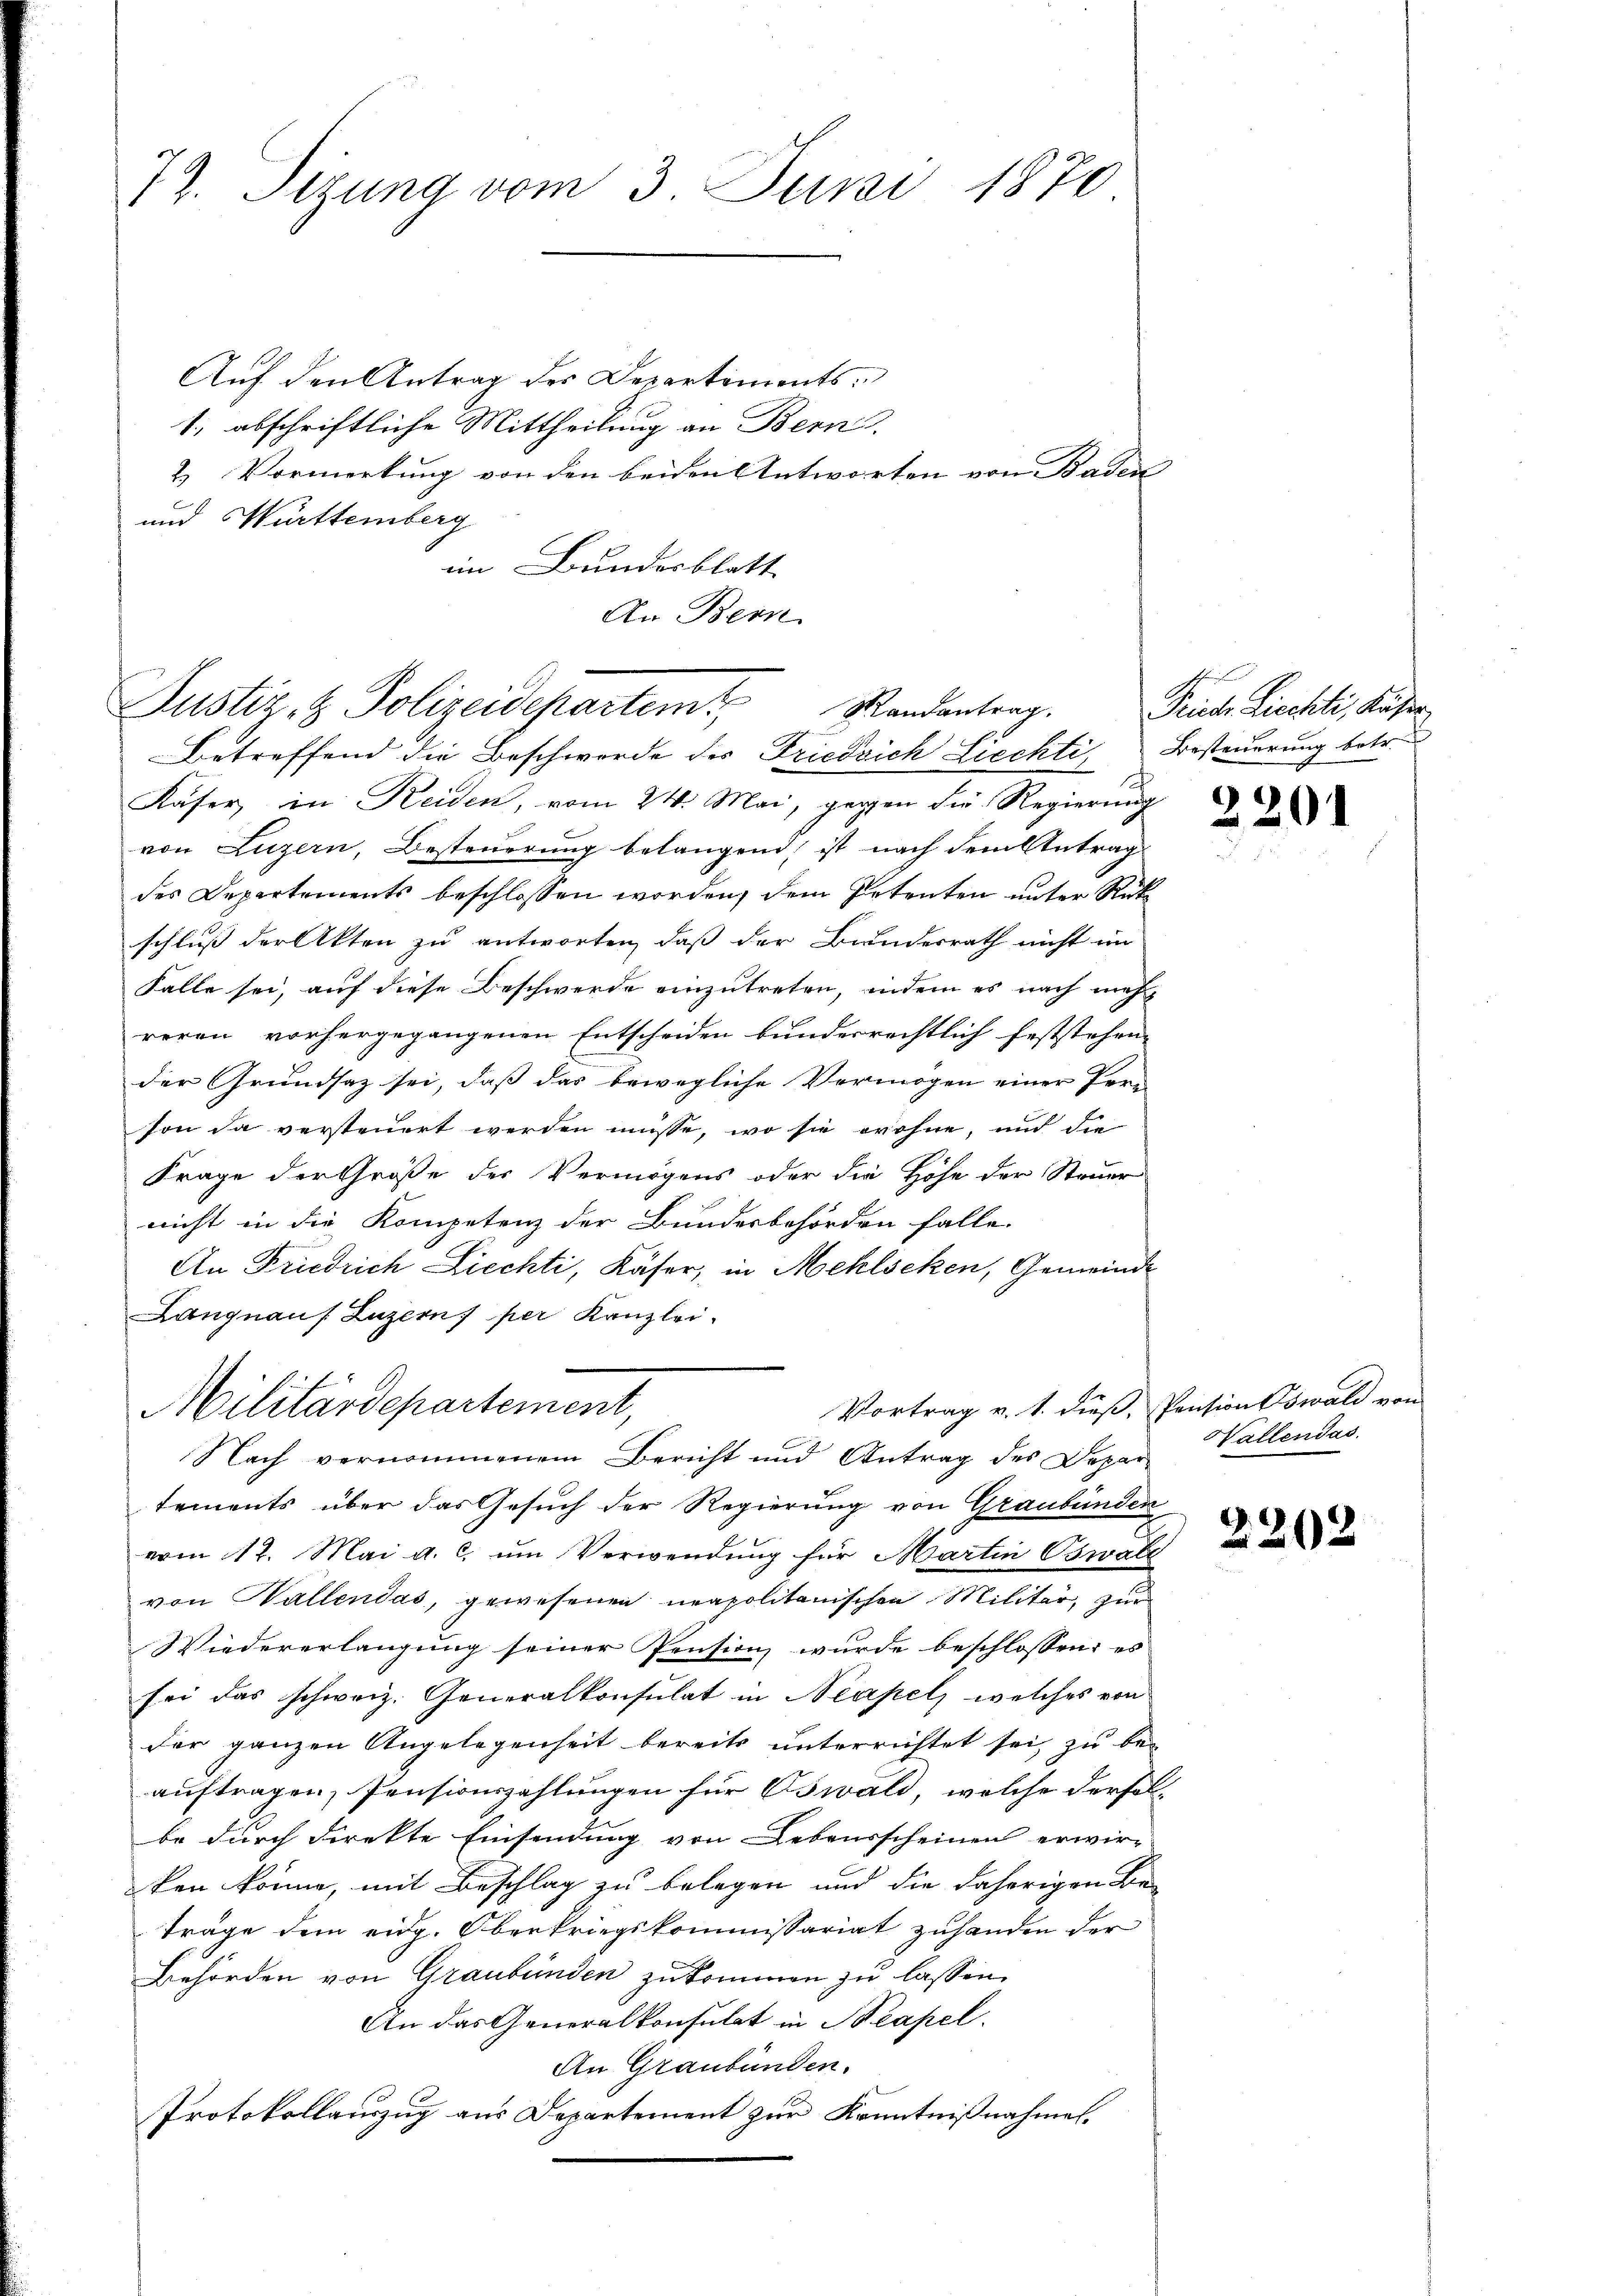
72. Sizung vom 3. Juni 1870

Auf den Antrag des Departements¬
1; abschriftliche Mittheilung an Bern
& Vormerkung von den beiden Antworten von Baden
und Württemberg
im Bundesblatt
An Bern

Justiz- & Polizeidepartem Randantrag.
Betreffend die Beschwerde des Friedrich Liechti, Besteuerung betr.

Käser, in Reiden, vom 24. Mai, gegen die Regierung
von Luzern, Besteuerung belangend, ist nach dem Antrag
des Departements beschlossen worden, dem Petenten unter Rück
schluß der Akten zu antworten, daß der Bundesrath nicht im
Falle sei, auf diese Beschwerde einzutreten, indem es nach mehr
roren vorhergegangenen Entscheiden bundesrechtlich feststehen.
der Grundsaz sei, daß das bewegliche Vermögen einer Per-
son da versteuert werden müsse, wo sie wohne, und die
Frage der Größe des Vermögens oder die Höhe der Steuer
nicht in die Kompetenz der Bundesbehörden falle.
An Friedrich Liechti, Käser, in Mehlseken, Gemeinde
Langnauf Luzern) per Kanzlei.
Vortrag v. 1. dieß, Pension Oswald von
tements über das Gesuch der Regierung von Graubünden
vom 12. Mai a. c. um Verwendung für Martin Oswald
von Wallendas, gewesenen neapolitanischen Militär, zur
Wiedererlangung seiner Pension wurde beschlossen: es
sei das schweiz. Generalkonsulat in Neapel, welches von
der ganzen Angelegenheit bereits unterrichtet sei, zu be-
auftragen, Pensionszahlungen für Oswald, welche derselbe durch direkte Einsendung von Lebensscheinen erwir-
ken könne, mit Beschlag zu belegen und die daherigen Be-
träge dem eidg. Oberkriegskommissariat zuhanden der
Behörden von Graubünden zukommen zu lassen.
An das Generalkonsulat in Neapel.
An Graubünden.
Protokollauszug aus Departement zur Kenntnißnahmen.

Militärdepartement,
Nach vernommenem Bericht und Antrag des Depar

Priese Liechti, Käser

2201

Hallendas.

2202